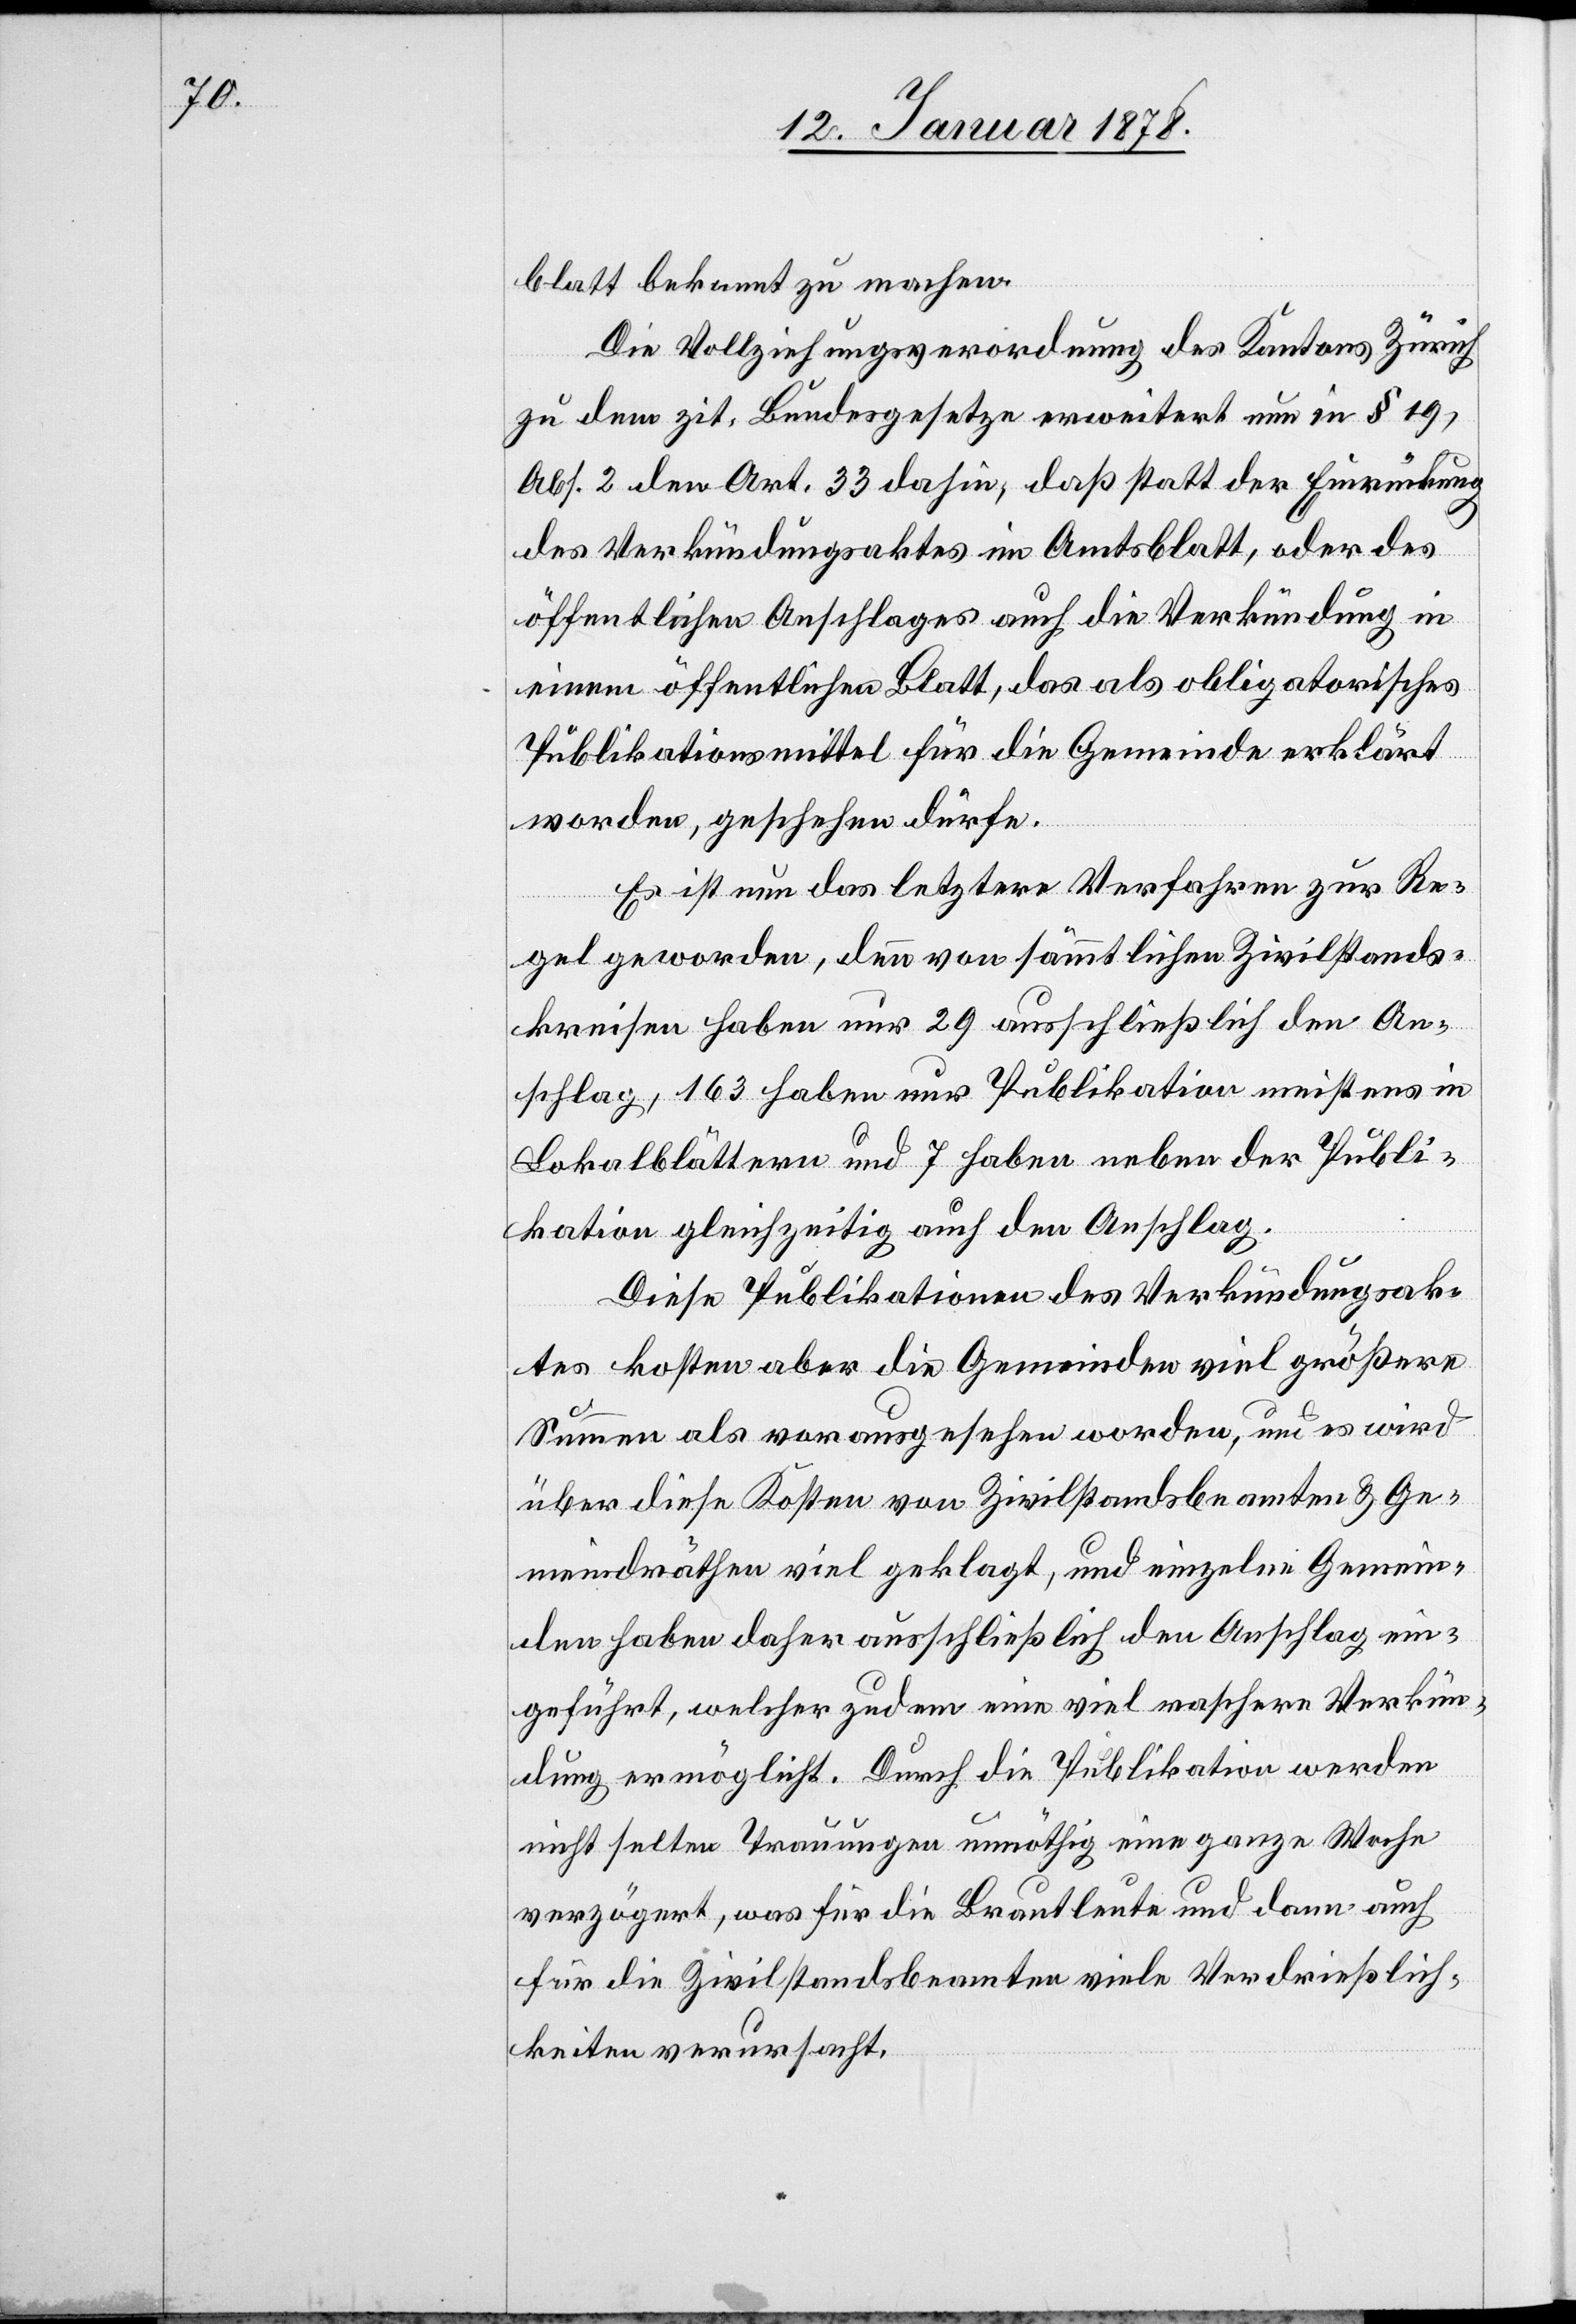
blatt bekannt zu machen.
Die Vollziehungsverordnung des Kantons Zürich
zu dem zit. Bundesgesetze erweitert nun in § 19,
Abs. 2 den Art. 33 dahin, daß statt der Einrückung
des Verkündungsaktes im Amtsblatt, oder des
öffentlichen Anschlages auch die Verkündung in
einem öffentlichen Blatt, das als obligatorisches
Publikationsmittel für die Gemeinde erklärt
worden, geschehen dürfe.
Es ist nun das letztere Verfahren zur Re¬
gel geworden, denn von sämmtlichen Zivilstands¬
kreisen haben nur 29 ausschließlich den An¬
schlag, 163 haben nur Publikation meistens in
Lokalblättern und 7 haben neben der Publi¬
kation gleichzeitig auch den Anschlag.
Diese Publikationen des Verkündungsak¬
tes kosten aber die Gemeinden viel größere
Summen als vorausgesehen worden, und es wird
über diese Kosten von Zivilstandsbeamten & Ge¬
meindräthen viel geklagt, und einzelne Gemein¬
den haben daher ausschließlich den Anschlag ein¬
geführt, welcher zudem eine viel raschere Verkün¬
dung ermöglicht. Durch die Publikation werden
nicht selten Trauungen unnöthig eine ganze Woche
verzögert, was für die Brautleute und dann auch
für die Zivilstandsbeamten viele Verdrießlich¬
keiten verursacht.